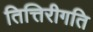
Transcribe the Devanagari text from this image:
तित्तिरीगति